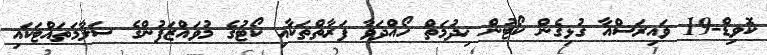
ކޮވިޑް-19 ވައިރަސްއާ ގުޅިގެން ކޯޓުން ޚިދުމަތް ހޯއްދަވާ ފަރާތްތަކާއި ކޯޓުގެ މުވައްޒަފުންގެ ސަލާމަތައްޓަކައި